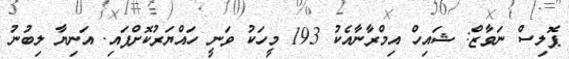
ޕޮލިސް ނަވާޒް: ޝައިހް އިމްރާނާއެކު 193 މީހަކު ވަނީ ހައްޔަރުކޮށްފައި. އަނިޔާ ލިބުނު